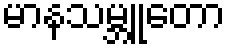
မာနသမ္ဘူတော